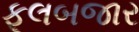
ફૂલબજાર